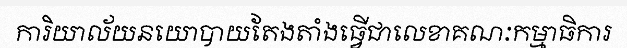
ការិយាល័យនយោបាយតែងតាំងធ្វើជាលេខាគណៈកម្មាធិការ